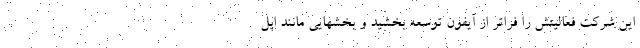
این شرکت فعالیتش را فراتر از آیفون توسعه بخشید و بخشهایی مانند اپل